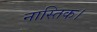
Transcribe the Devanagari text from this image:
नास्तिक।